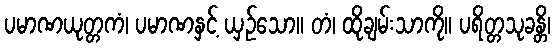
ပမာဏယုတ္တကံ၊ ပမာဏနှင့် ယှဉ်သော။ တံ၊ ထိုချမ်းသာကို။ ပရိတ္တသုခန္တိ၊